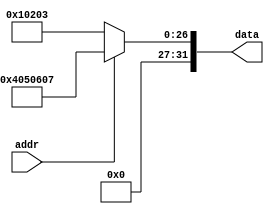
//======================================================================
//
// udi_rom_sim.v
// ---------
// Simulation version of the UDI ROM.
//
//
// Copyright (C) 2023 - Tillitis AB
// SPDX-License-Identifier: GPL-2.0-only
//
//======================================================================

module udi_rom (
		input wire [0:0] addr,
		output wire [31:0] data
		);

  reg [31 : 0] tmp_data;
  assign data = tmp_data;

  always @*
    begin : addr_mux
      if (addr) begin
	tmp_data = 32'h04050607;
      end
      else begin
	tmp_data = 32'h00010203;
      end
    end

endmodule // udi_rom

//======================================================================
// EOF udi_rom_sim.v
//======================================================================